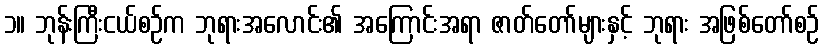
၁။ ဘုန်းကြီးငယ်စဉ်က ဘုရားအလောင်း၏ အကြောင်းအရာ ဇာတ်တော်များနှင့် ဘုရား အဖြစ်တော်စဉ်